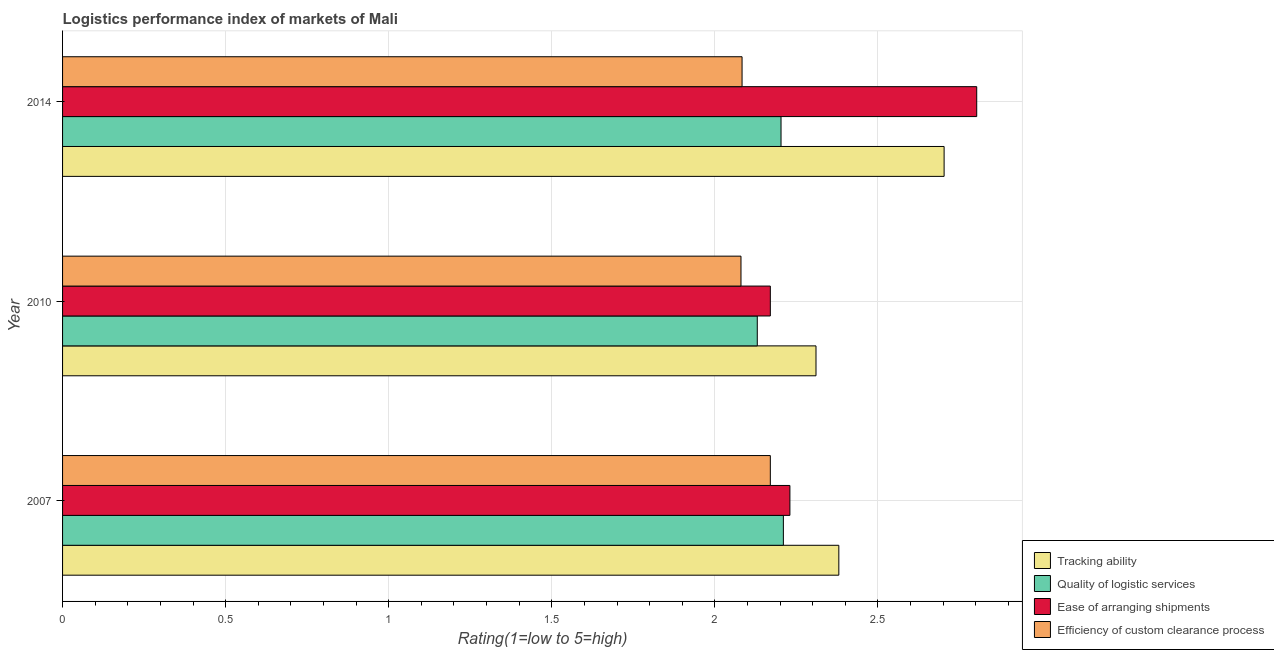
| Year | Tracking ability | Quality of logistic services | Ease of arranging shipments | Efficiency of custom clearance process |
 | --- | --- | --- | --- | --- |
 | 2007 | 2.38 | 2.21 | 2.23 | 2.17 |
 | 2010 | 2.31 | 2.13 | 2.17 | 2.08 |
 | 2014 | 2.7 | 2.2 | 2.8 | 2.08 |